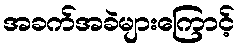
အခက်အခဲများကြောင့်